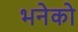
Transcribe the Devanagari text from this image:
भनेको